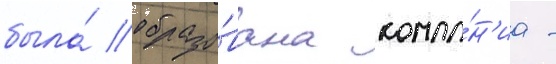
была́ образо́вана компа́н'иа -